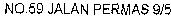
NO.59 JALAN PERMAS 9/5